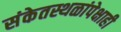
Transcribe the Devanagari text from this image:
संकेतस्थळांपेक्षाही